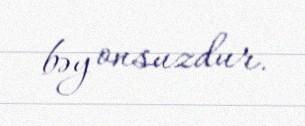
bəy onsuzdur.